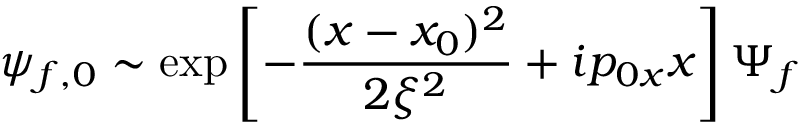
\psi _ { f , 0 } \sim \exp \left[ - \frac { ( x - x _ { 0 } ) ^ { 2 } } { 2 \xi ^ { 2 } } + i p _ { 0 x } x \right] \Psi _ { f }